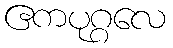
ဧကပုဂ္ဂလေ